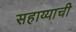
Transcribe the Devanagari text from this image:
सहाय्याची